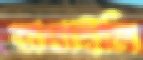
বাধাইলি